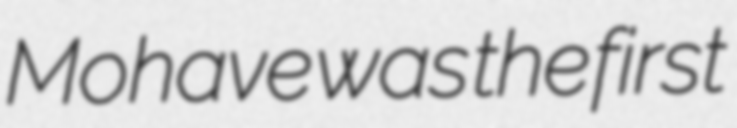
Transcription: Mohave was the first